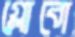
গ্লোবো